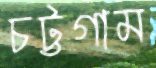
চট্টগাম